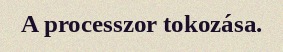
A processzor tokozása.